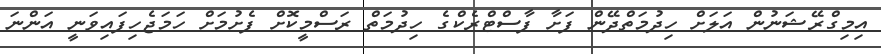
އިމިގްރޭޝަނުން އަލަށް ހިދުމަތްދޭން ފަށާ ފާސްޓްރެކްގެ ހިދުމަތް ރަސްމީކޮށް ފެށުމަށް ހަމަޖެހިފައިވަނީ އަންނަ